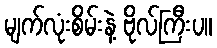
မျက်လုံးစိမ်းနဲ့ ဗိုလ်ကြီးပ။